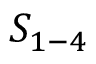
S _ { 1 - 4 }